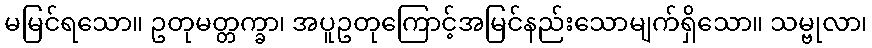
မမြင်ရသော။ ဥတုမတ္တက္ခာ၊ အပူဥတုကြောင့်အမြင်နည်းသောမျက်ရှိသော။ သမ္ဗုလာ၊